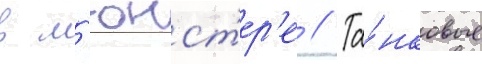
в м'юнст'ер'е // Та́нковые